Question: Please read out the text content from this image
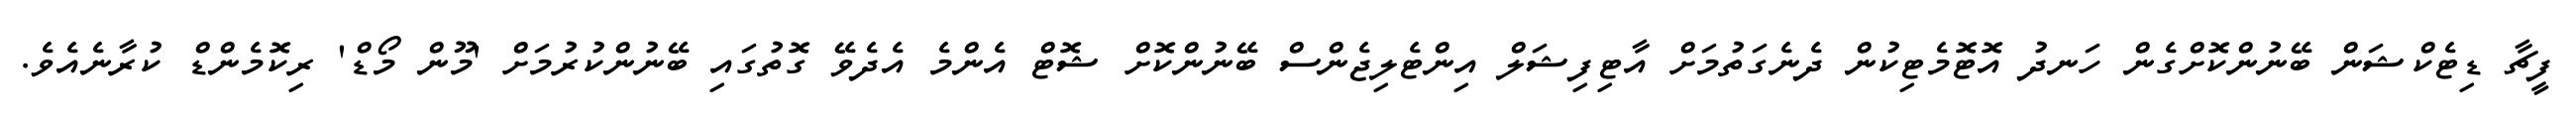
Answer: ފީޗާ ޑިޓެކްޝަން ބޭނުންކޮށްގެން ހަނދު އޮޓޮމެޓިކުން ދެނެގަތުމަށް އާޓިފިޝަލް އިންޓެލިޖެންސް ބޭނުންކޮށް ޝޮޓް އެންމެ އެދެވޭ ގޮތުގައި ބޭނުންކުރުމަށް 'މޫން މޯޑް' ރިކޮމެންޑް ކުރާނެއެވެ.